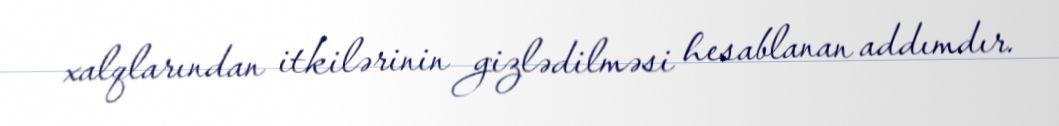
xalqlarından itkilərinin gizlədilməsi hesablanan addımdır.